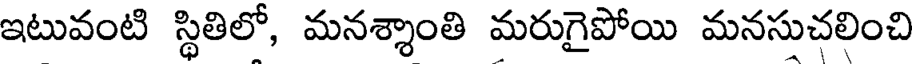
ఇటువంటి స్థితిలో, మనశ్శాంతి మరుగైపోయి మనసుచలించి